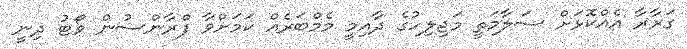
ގަރާރާ އެއްކޮޅަށް ސަލާމަތީ މަޖިލިހުގެ ދާއިމީ މެމްބަރެއް ކަމަށްވާ ފްރާންސުން ވޯޓު ދިނީ